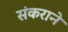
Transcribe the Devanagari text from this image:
संकराने